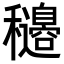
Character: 𥤍